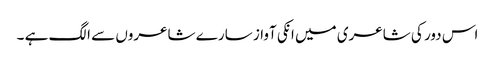
اس دور کی شاعری میں انکی آواز سارے شاعروں سے الگ ہے ۔